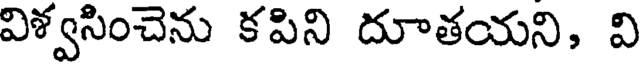
విళ్వసించెను కపిని దూతయని, వి